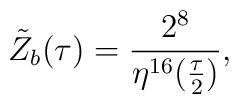
{\tilde Z}_b(\tau)=\frac{2^8}{\eta^{16}(\frac{\tau}{2})},